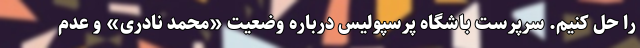
را حل کنیم. سرپرست باشگاه پرسپولیس درباره وضعیت «محمد نادری» و عدم